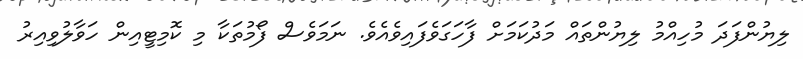
ލިޔުންފަދަ މުހިއްމު ލިޔުންތައް މަދުކަމަށް ފާހަގަވެފައިވެއެވެ. ނަމަވެސް ފޯމުތަކާ މި ކޮމިޓީއިން ހަވާލުވިއިރު